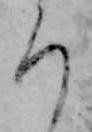
ろ